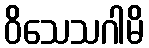
ဝိသေသဂါမိ